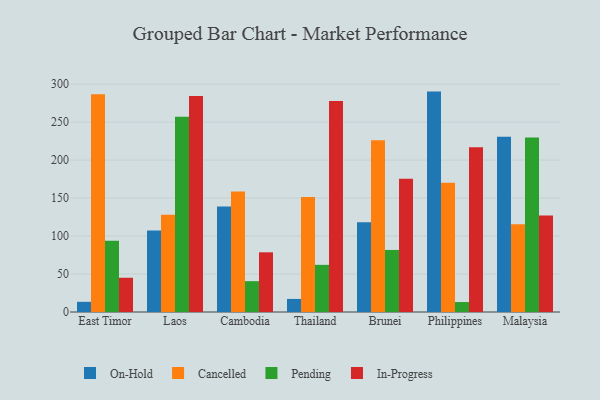
{"axis": {"x": "Country", "y": "Operating Costs (USD K)"}, "legend": ["Cancelled", "In-Progress", "On-Hold", "Pending"], "data": [{"x": "East Timor", "y": 13.4, "type": "On-Hold"}, {"x": "East Timor", "y": 286.8, "type": "Cancelled"}, {"x": "East Timor", "y": 93.7, "type": "Pending"}, {"x": "East Timor", "y": 45.1, "type": "In-Progress"}, {"x": "Laos", "y": 107.3, "type": "On-Hold"}, {"x": "Laos", "y": 128.0, "type": "Cancelled"}, {"x": "Laos", "y": 257.0, "type": "Pending"}, {"x": "Laos", "y": 284.5, "type": "In-Progress"}, {"x": "Cambodia", "y": 138.9, "type": "On-Hold"}, {"x": "Cambodia", "y": 158.6, "type": "Cancelled"}, {"x": "Cambodia", "y": 40.6, "type": "Pending"}, {"x": "Cambodia", "y": 78.6, "type": "In-Progress"}, {"x": "Thailand", "y": 17.2, "type": "On-Hold"}, {"x": "Thailand", "y": 151.5, "type": "Cancelled"}, {"x": "Thailand", "y": 62.1, "type": "Pending"}, {"x": "Thailand", "y": 277.8, "type": "In-Progress"}, {"x": "Brunei", "y": 118.1, "type": "On-Hold"}, {"x": "Brunei", "y": 226.3, "type": "Cancelled"}, {"x": "Brunei", "y": 81.7, "type": "Pending"}, {"x": "Brunei", "y": 175.6, "type": "In-Progress"}, {"x": "Philippines", "y": 290.2, "type": "On-Hold"}, {"x": "Philippines", "y": 170.2, "type": "Cancelled"}, {"x": "Philippines", "y": 13.1, "type": "Pending"}, {"x": "Philippines", "y": 216.9, "type": "In-Progress"}, {"x": "Malaysia", "y": 230.9, "type": "On-Hold"}, {"x": "Malaysia", "y": 115.5, "type": "Cancelled"}, {"x": "Malaysia", "y": 229.7, "type": "Pending"}, {"x": "Malaysia", "y": 126.9, "type": "In-Progress"}]}